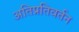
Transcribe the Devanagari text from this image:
अतिप्रतिवर्तन